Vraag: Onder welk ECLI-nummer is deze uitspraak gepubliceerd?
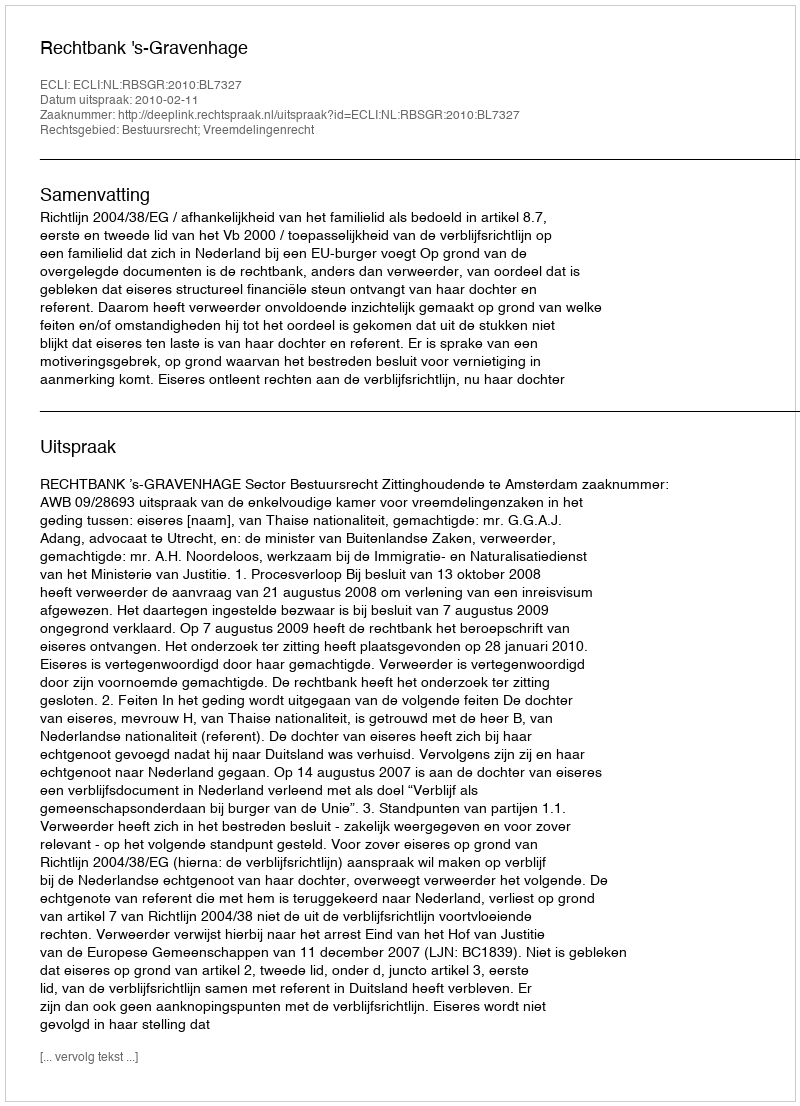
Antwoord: ECLI:NL:RBSGR:2010:BL7327